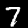
Digit: 7